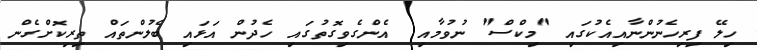
ހިލޭ ފިރިހެނުންނާއިއެކުގައި "މިކްސް" ނުވުމާއި  އެންގެވިގޮތުގައި ހެދުން އަޅައި ބެލުންތައް ތިރިކޮށްގެން